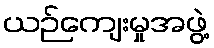
ယဉ်ကျေးမှုအဖွဲ့